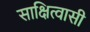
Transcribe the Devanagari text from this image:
साक्षित्वासी